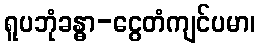
ရူပဘုံခန္ဓာ-ငွေတံကျင်ပမာ၊